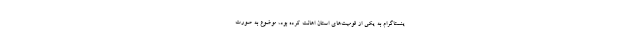
ینستاگرام به یکی از قومیت‌های استان اهانت کرده بود، موضوع به صورت